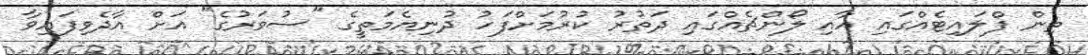
ތިން ފްލައިޓެއްގައި އާއި ލޯންޗެއްގައި ދަތުރު ކުރުމަށްފަހު ދުނިޔެމަތީގެ "ސުވަރުގެ" އަށް އާދެވިފައިވާ